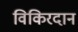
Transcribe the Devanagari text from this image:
विकिरदान